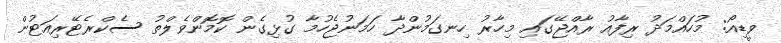
ވީޑިއޯ: މުހައްމަދު ރިފާއު ރާއްޖޭގައި މިހާރު ހިނގަމުންދާ ހަމަނުޖެހުމާ ގުޅިގެން ކޮމޮންވެލްތު ސެކްރެޓޭރިއަޓުން